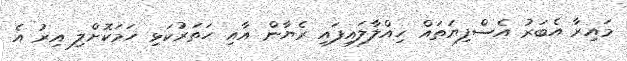
މައިރާ އެބަރު އެސްފިޔަތައް ހިއްލާލައިފައި ރެޔާން އާއި ހަތަރުކަޅި ހަމަކޮށްލި އިރު އެ